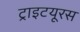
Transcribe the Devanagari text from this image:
ट्राइटयूरस